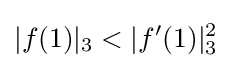
|f(1)|_{3}<|f'(1)|_{3}^{2}